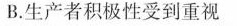
B.生产者积极性受到重视